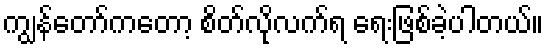
ကျွန်တော်ကတော့ စိတ်လိုလက်ရ ရေးဖြစ်ခဲ့ပါတယ်။